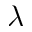
\lambda